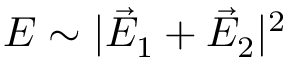
{ \cal E } \sim | \vec { E } _ { 1 } + \vec { E } _ { 2 } | ^ { 2 }